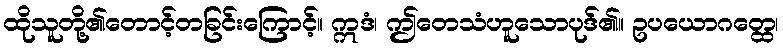
ထိုသူတို့၏တောင့်တခြင်းကြောင့်။ ဣဒံ၊ ဤတေသံဟူသောပုဒ်၏။ ဥပယောဂတ္ထေ၊